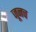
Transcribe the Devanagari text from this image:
जूनच